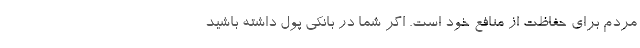
مردم برای حفاظت از منافع خود است. اگر شما در بانکی پول داشته باشید